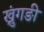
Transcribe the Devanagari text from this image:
ख्रुंगङी